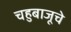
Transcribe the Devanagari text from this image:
चहुबाजूचे